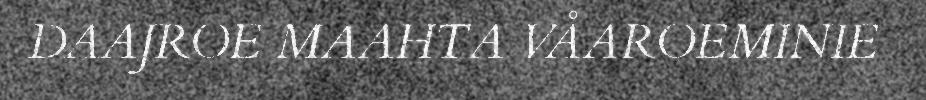
DAAJROE MAAHTA VÅAROEMINIE